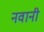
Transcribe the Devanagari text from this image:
नवानी